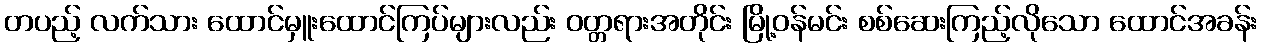
တပည့် လက်သား ထောင်မှူးထောင်ကြပ်များလည်း ဝတ္တရားအတိုင်း မြို့ဝန်မင်း စစ်ဆေးကြည့်လိုသော ထောင်အခန်း